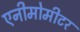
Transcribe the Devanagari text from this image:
एनीमोमीटर